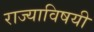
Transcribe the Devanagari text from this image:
राज्याविषयी